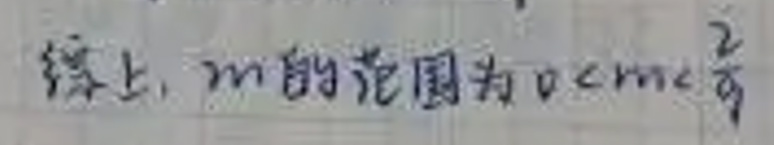
综上，$m$的范围为$0 < m < \frac{2}{9}$